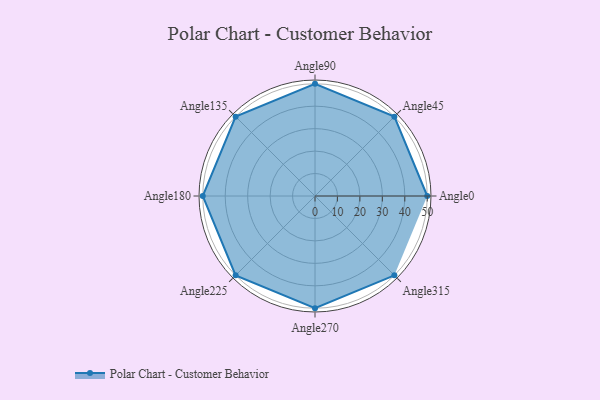
{"axis": {"x": "Angle", "y": "Radius"}, "legend": [""], "data": [{"x": "Angle0", "y": 50, "type": ""}, {"x": "Angle45", "y": 50, "type": ""}, {"x": "Angle90", "y": 50, "type": ""}, {"x": "Angle135", "y": 50, "type": ""}, {"x": "Angle180", "y": 50, "type": ""}, {"x": "Angle225", "y": 50, "type": ""}, {"x": "Angle270", "y": 50, "type": ""}, {"x": "Angle315", "y": 50, "type": ""}]}